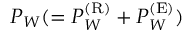
P _ { W } ( = P _ { W } ^ { ( \mathrm { { R } } ) } + P _ { W } ^ { ( \mathrm { { E } } ) } )